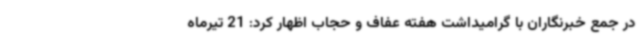
در جمع خبرنگاران با گرامیداشت هفته عفاف و حجاب اظهار کرد: 21 تیرماه